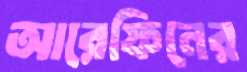
আরেফিনের